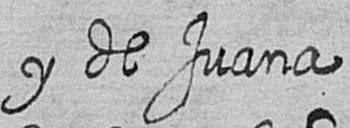
y de Juana